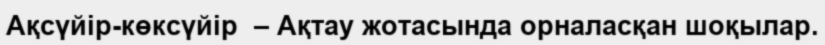
Ақсүйір-көксүйір  – Ақтау жотасында орналасқан шоқылар.